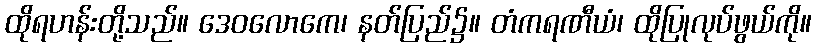
ထိုရဟန်းတို့သည်။ ဒေဝလောကေ၊ နတ်ပြည်၌။ တံကရဏီယံ၊ ထိုပြုလုပ်ဖွယ်ကို။